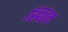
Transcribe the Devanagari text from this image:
स्थित